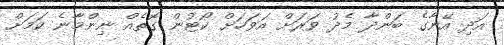
އަދި އޭނާގެ ބަންދާ މެދު ވަރަށް އަވަހަށް ކޯޓުން ގޮތެއް ނިންމާނެ ކަމަށް